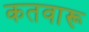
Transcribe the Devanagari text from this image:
कतवारू